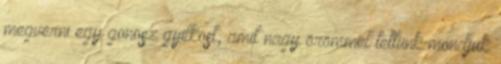
megverni egy gonosz gyilkost, amit nagy örömmel tettünk mondjuk